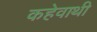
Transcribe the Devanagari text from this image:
कहेवाथी